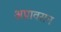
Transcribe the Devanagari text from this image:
अप्रावसन